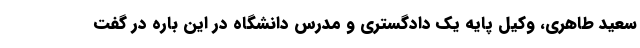
سعید طاهری، وکیل پایه یک دادگستری و مدرس دانشگاه در این باره در گفت